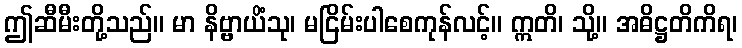
ဤဆီမီးတို့သည်။ မာ နိဗ္ဗာယိံသု၊ မငြိမ်းပါစေကုန်လင့်။ ဣတိ၊ သို့။ အဓိဋ္ဌတိကိရ၊